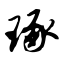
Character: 琢